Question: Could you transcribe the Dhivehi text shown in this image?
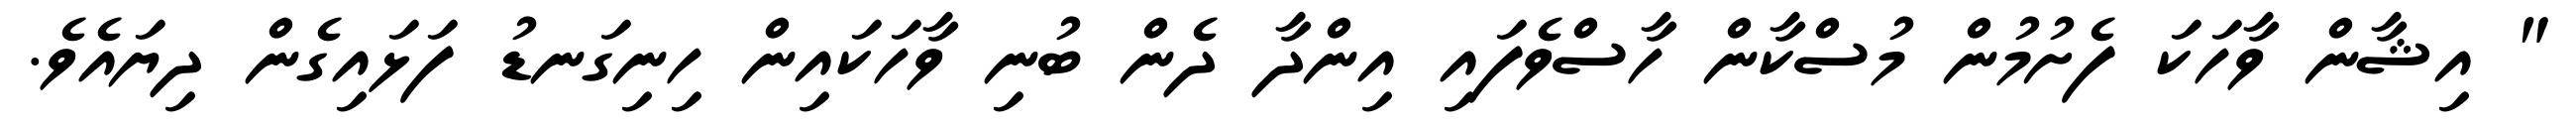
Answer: " އިޝާން ވާހަކަ ފެށުމުން މުސްކާން ހާސްވެފައި އިންދާ ދެން ބުނި ވާހަކައިން ހިނިގަނޑު ފަޅައިގެން ދިޔައެވެ.